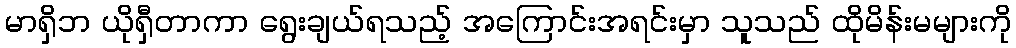
မာရှိဘ ယိုရှီတာကာ ရွေးချယ်ရသည့် အကြောင်းအရင်းမှာ သူသည် ထိုမိန်းမများကို